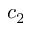
c _ { 2 }